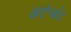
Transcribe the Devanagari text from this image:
अटेन्डंट